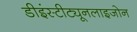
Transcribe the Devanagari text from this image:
डीइंस्टीट्यूनलाइजोन